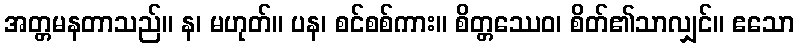
အတ္တမနတာသည်။ န၊ မဟုတ်။ ပန၊ စင်စစ်ကား။ စိတ္တဿေဝ၊ စိတ်၏သာလျှင်။ ဧသော